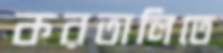
করতালিতে